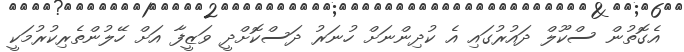
އެގޮތުން ސްކޫލް ދައުރުގައި އެ ކުދިންނަށް ހުނަރު ދަސްކޮށްދީ ވަޒީފާ އަށް ހޭލުންތެރިކުރުމަކީ